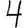
Digit: 4